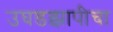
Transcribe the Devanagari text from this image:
उघडझापीचा